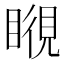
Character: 𥉎